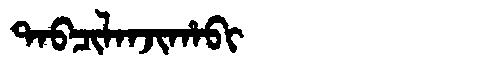
Manchu: ᡨᠠᠪᠴᡳᠯᠠᠨᠵᡳᡥᠠᠪᡳ
Romanization: TABCILANJIHABI